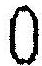
0